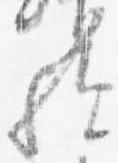
歟